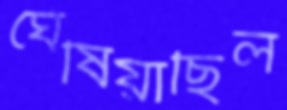
ঘেঁষিয়াছিল